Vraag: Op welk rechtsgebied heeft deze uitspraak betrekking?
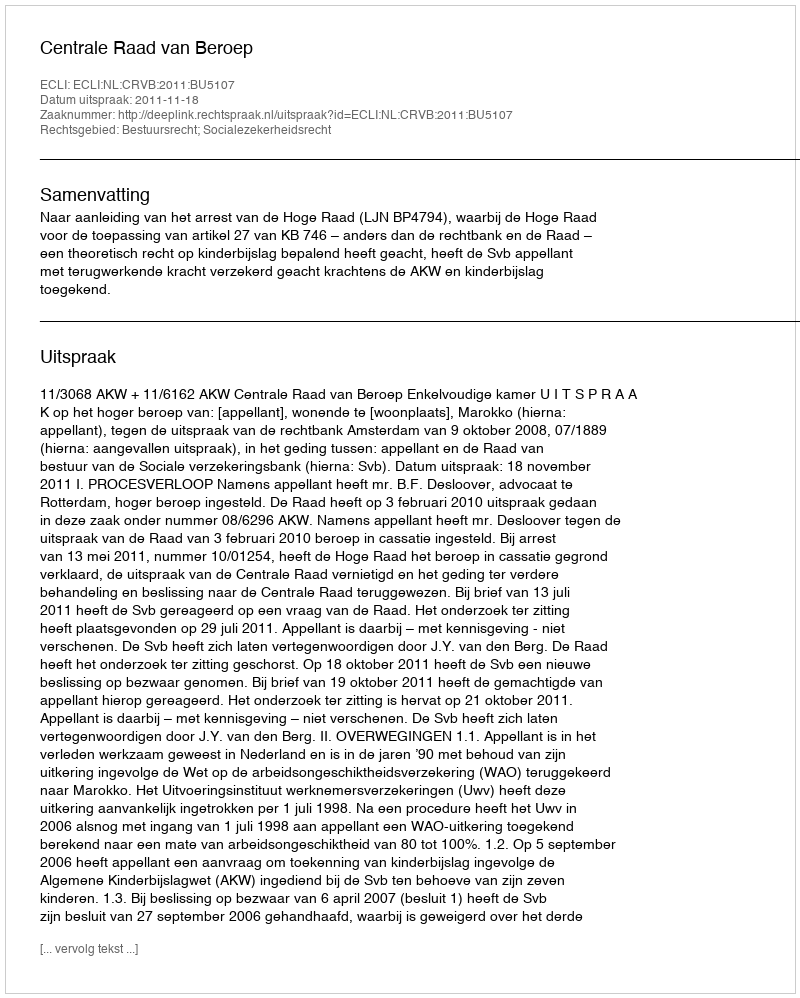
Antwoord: Bestuursrecht; Socialezekerheidsrecht